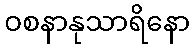
ဝစနာနုသာရိနော